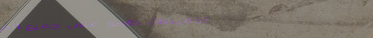
تخفيضات خاصة على جميع الم